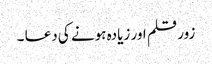
زور قلم اور زیادہ ہونے کی دعا ۔